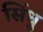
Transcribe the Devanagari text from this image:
सिँधु